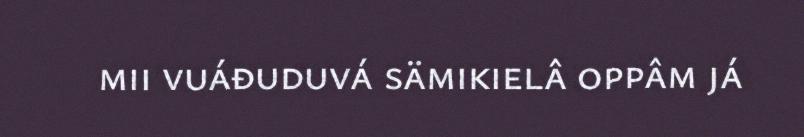
mii vuáđuduvá sämikielâ oppâm já